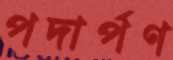
পদার্পণ